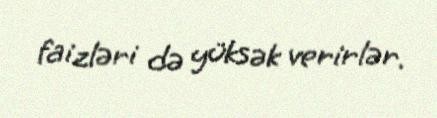
faizləri də yüksək verirlər.